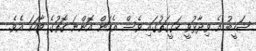
ޝަހީބު އެ ވިދާޅުވީ ހަގީގަތުގައި ވެސް އެކަން އޮންނަ ގޮތުގެ ވާހަކަ އެވެ.